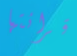
قرائتها